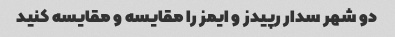
دو شهر سدار رپیدز و ایمز را مقایسه و مقایسه کنید